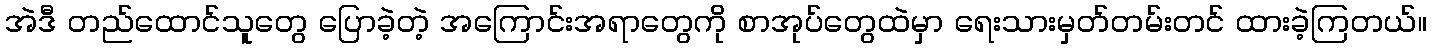
အဲဒီ တည်ထောင်သူတွေ ပြောခဲ့တဲ့ အကြောင်းအရာတွေကို စာအုပ်တွေထဲမှာ ရေးသားမှတ်တမ်းတင် ထားခဲ့ကြတယ်။